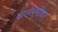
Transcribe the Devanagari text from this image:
पार्शभूमीवर